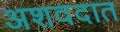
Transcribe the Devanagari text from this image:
अशवदात